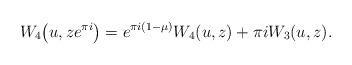
LaTeX: \begin{align*}W_4\big(u,ze^{\pi i}\big)=e^{\pi i(1-\mu)} W_4(u,z)+\pi i W_3(u,z) .\end{align*}